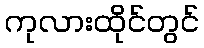
ကုလားထိုင်တွင်